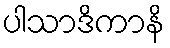
ပါသာဒိကာနိ